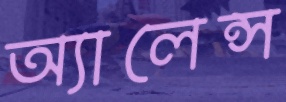
অ্যালেন্স